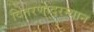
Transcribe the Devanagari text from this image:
वितरणादरम्यान